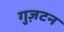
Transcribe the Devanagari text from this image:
गुज़टन